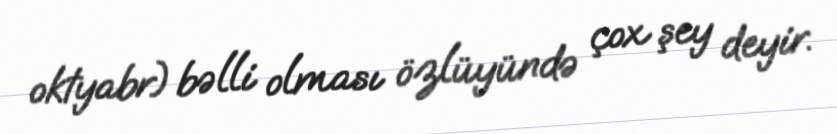
oktyabr) bəlli olması özlüyündə çox şey deyir.